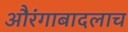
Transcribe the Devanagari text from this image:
औरंगाबादलाच